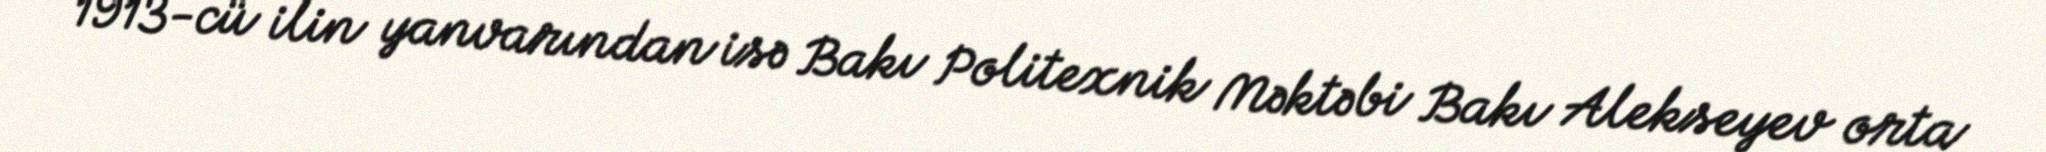
1913-cü ilin yanvarından isə Bakı Politexnik Məktəbi Bakı Alekseyev orta